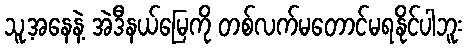
သူ့အနေနဲ့ အဲဒီနယ်မြေကို တစ်လက်မတောင်မရနိုင်ပါဘူး